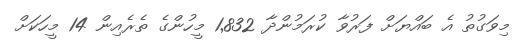
މިވަގުތު އެ ބައްޔަށް ފަރުވާ ކުރަމުންދާ 1